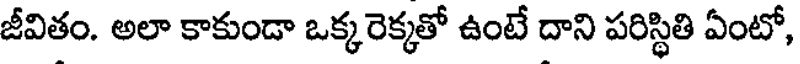
జీవితం. అలా కాకుండా ఒక్కరెక్కతో ఉంటే దాని పరిస్థితి ఏంటో,